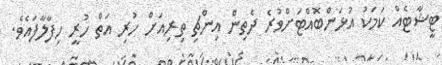
ޓީޝާޓެއް ކަމަކު އުޅަންބޮއްޓަށްވުރެ ދެތިން އިންޗި ތިރިއަށް ހުރި އަތް ހުރީ ހިފާލާފައެވެ.